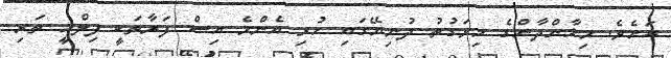
އަށެވެ. މިޚާންދާންގެ މިވަގުތު ދުނިޔޭގައި ހުރި އެންމެ އިސް ފަރާތަކީ ފިލްމީ ތަރި